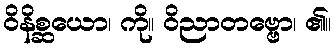
ဝိနိစ္ဆယော၊ ကို။ ဝိညာတဗ္ဗော၊ ၏။